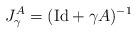
LaTeX: \begin{align*}J^A_\gamma=(\mathrm{Id}+\gamma A)^{-1}\end{align*}